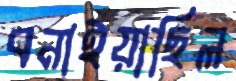
বনাইয়াছিল